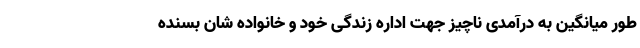
طور میانگین به درآمدی ناچیز جهت اداره زندگی خود و خانواده شان بسنده